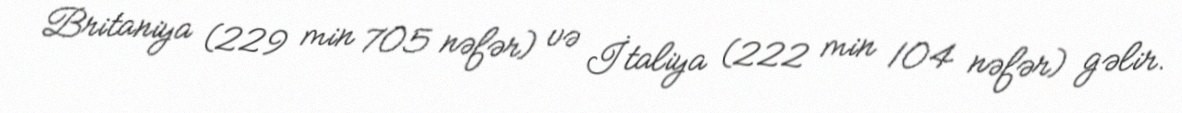
Britaniya (229 min 705 nəfər) və İtaliya (222 min 104 nəfər) gəlir.